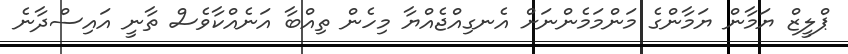
ޕްލީޒް ޔަމާން ޔަމާންގެ މަންމަމެންނަށް އެނގިއްޖެއްޔާ މިހެން ތިއްބާ އަނެއްކާވެސް ތާނީ އައިސްދާނެ